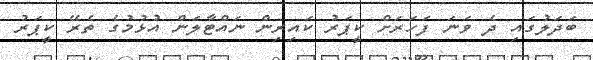
ބަދަލުގައި ދެ ވަނަ ފަހަރަށް ކީޕަރު ކައިރިން ނައްޓާލަން އުޅުމުގެ ތެރޭ ކީޕަރު